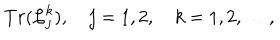
T r ( { \cal L } _ { j } ^ { k } ) , \quad j = 1 , 2 , \quad k = 1 , 2 , \ldots ,